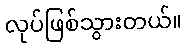
လုပ်ဖြစ်သွားတယ်။